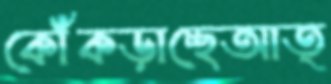
কোঁকড়াচ্ছেআত্